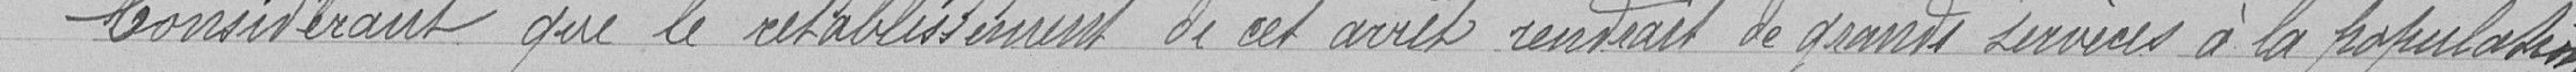
Considérant que le rétablissement de cet arrêt rendrait de grands services à la population